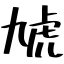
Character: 虓